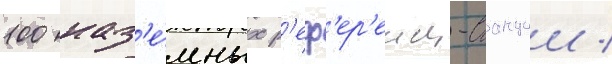
100 наз'е́мных р'еф'ер'енц-станции /